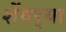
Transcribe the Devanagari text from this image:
शेंदर्‍या